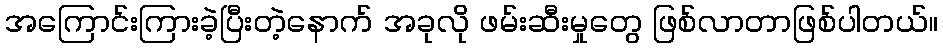
အကြောင်းကြားခဲ့ပြီးတဲ့နောက် အခုလို ဖမ်းဆီးမှုတွေ ဖြစ်လာတာဖြစ်ပါတယ်။